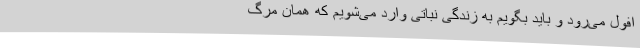
افول می‌رود و باید بگویم به زندگی نباتی وارد می‌شویم که همان مرگ